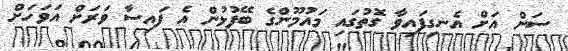
ސަން އަށް އެނގިފައިވާ ގޮތުގައި މައުމޫންގެ ބޭފުޅުން އެ ފައިސާ ވަރަށް އަވަހަށް